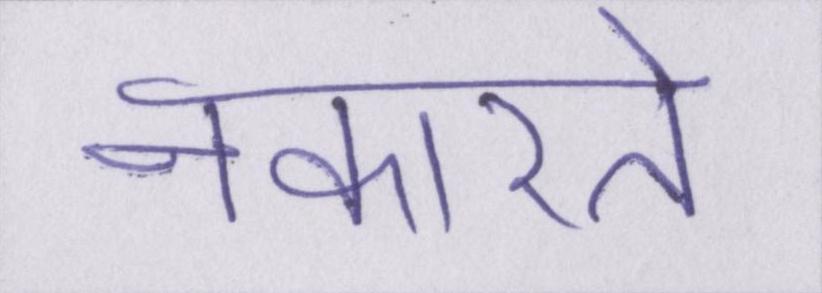
नकारते